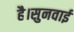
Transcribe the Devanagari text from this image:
है।सुनवाई